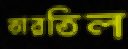
তারতিল